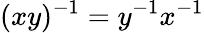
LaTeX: (xy)^{-1}=y^{-1}x^{-1}